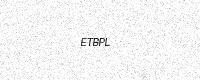
Text: ETBPL